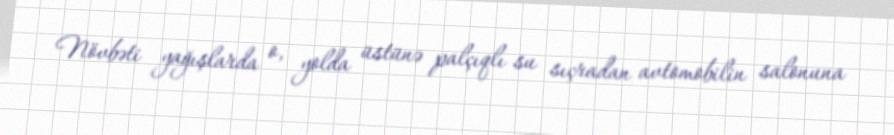
Növbəti yağışlarda o, yolda üstünə palçıqlı su sıçradan avtomobilin salonuna